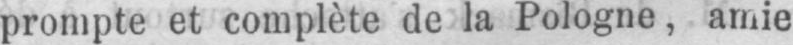
prompte et complète de la Pologne, amie